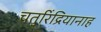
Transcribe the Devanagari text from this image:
चतुरिंद्रियानाह